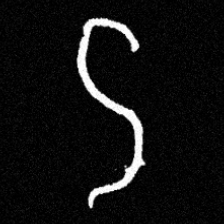
Pyu character \u2014 Myanmar letter: ဌ (romanized: ttha)